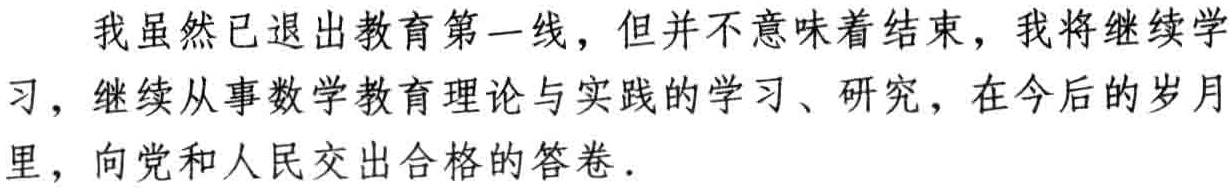
我虽然已退出教育第一线，但并不意味着结束，我将继续学习，继续从事数学教育理论与实践的学习、研究，在今后的岁月里，向党和人民交出合格的答卷．